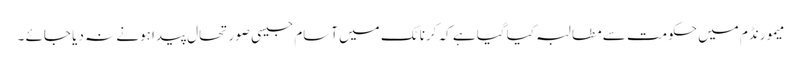
میمورنڈم میں حکومت سے مطالبہ کیا گیا ہے کہ کرناٹک میں آسام جیسی صورتحال پیدا ہونے نہ دیا جائے ۔